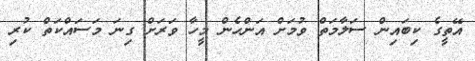
އޭތީގެ ކިބައިން ސަލާމަތް ވުމަށް އަންހެން މީހާ ވަރަށް ގިނަ މަސައްކަތް ކުރި